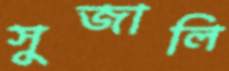
সুজালি